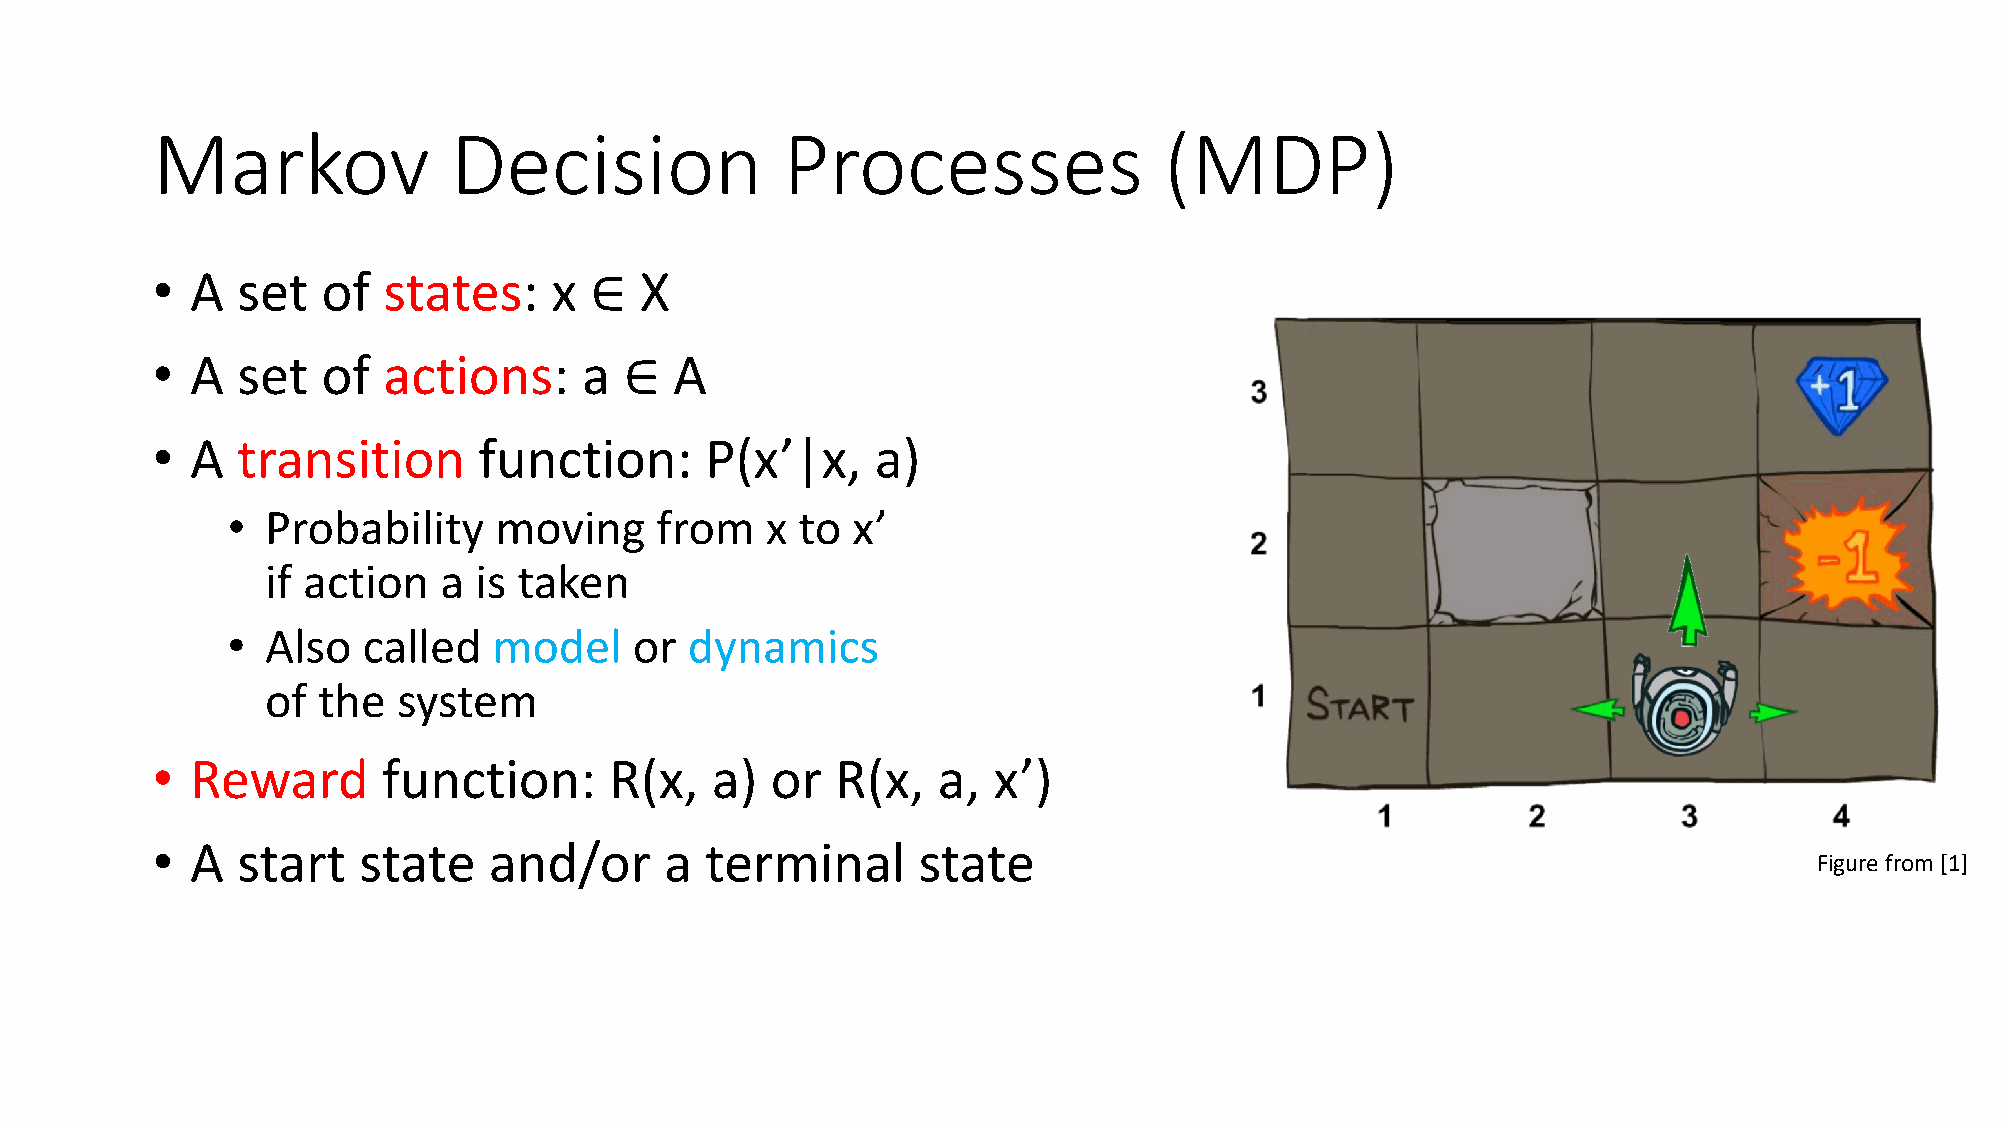
Markov              Decision              Processes                (MDP)
 •  A  set  of  states:    x  ∈  X
 •  A  set  of  actions:      a ∈   A
 •  A  transition      function:      P(x’|x,    a)
 •  Probability    moving    from    x to x’
 if action  a is taken
 •  Also  called   model    or  dynamics
 of the  system
 •  Reward      function:      R(x,   a)  or  R(x,   a,  x’)
 •  A  start   state   and/or      a  terminal      state
 Figure from [1]